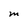
Character: M